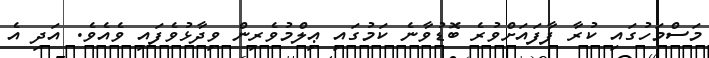
މަސްމަހުގައި ކުރާ ފާފައަށްވުރެ ބޮޑުވާނެ ކަމުގައި ޢިލްމުވެރިން ވިދާޅުވެފައި ވެއެވެ. އަދި އެ